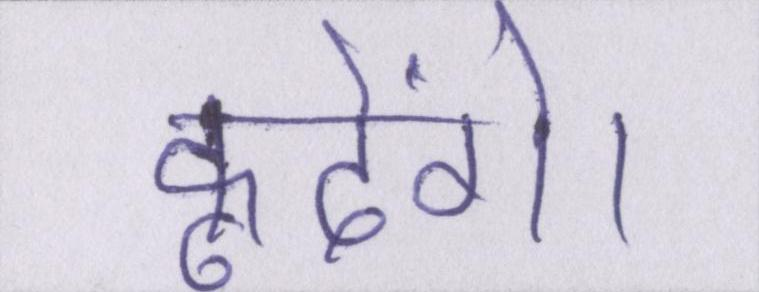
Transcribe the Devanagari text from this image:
कूदेंगे।